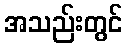
အသည်းတွင်